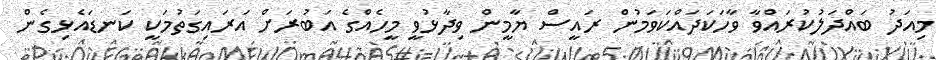
މިއަދު ބައްދަލުކުރައްވާ ވާހަކަދައްކަވަމުން ރައީސް ޔާމީން ވިދާޅުވީ މީހެއްގެ އަބުރަށް އަރައިގަތުމަކީ ކަނޑައެޅިގެން